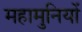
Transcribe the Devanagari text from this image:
महामुनियों